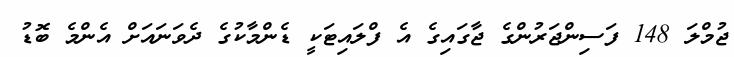
ޖުމްލަ 148 ފަސިންޖަރުންގެ ޖާގައިގެ އެ ފްލައިޓަކީ ޑެންމާކުގެ ދެވަނައަށް އެންމެ ބޮޑު